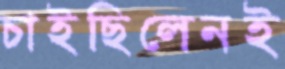
চাইছিলেনই